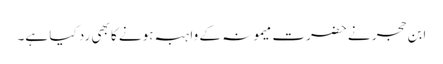
ابن حجر نے حضرت میمونہ کے واہبہ ہونے کا بھی رد کیا ہے۔